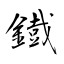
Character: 鐡